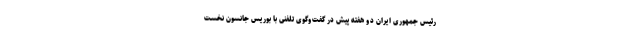
رئیس جمهوری ایران دو هفته پیش در گفت‌وگوی تلفنی با بوریس جانسون نخست